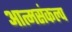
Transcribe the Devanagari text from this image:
आत्मसंकल्प